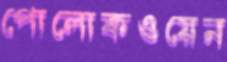
পোলোকওয়েন